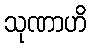
သုဏာဟိ